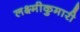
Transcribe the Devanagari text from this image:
लक्ष्मीकुमारी